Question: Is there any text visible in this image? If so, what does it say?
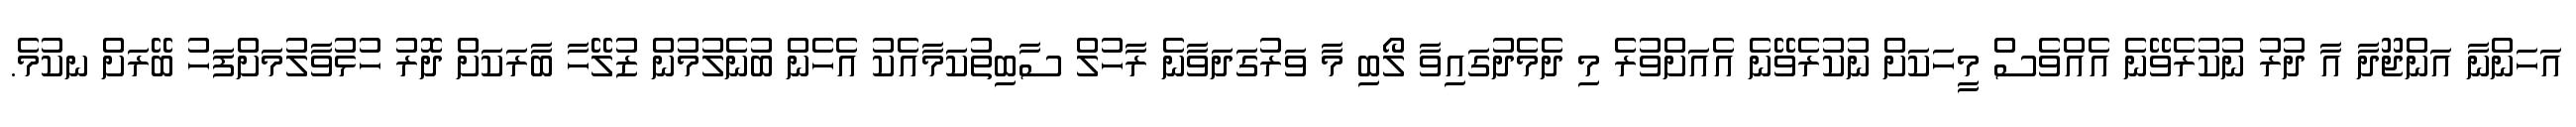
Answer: އަހަންނާ އަންޖޫދާ އާ ދުރު ނުކުރެވޭނެ އެއްވެސް މީހަކަށް ނުކުރެވޭނެ އެއަށްވުރެ މި ދެމެދުގައިވާ ލޯބި މާ ވަރުގަދަވާނެ ރާހުލް ސާބިތުކަމާއެކު އެހެން ބުނެލުމުން ޒުލޭހާ ބާރަކަށް ދޮރު ހުޅުވާލުމަށްފަހު ބޭރަށް ނކުމެ.